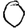
Digit: 0